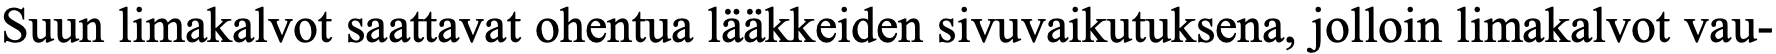
Suun limakalvot saattavat ohentua lääkkeiden sivuvaikutuksena, jolloin limakalvot vau-